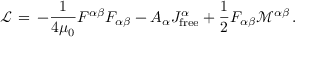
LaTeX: { \mathcal { L } } \, = \, - { \frac { 1 } { 4 \mu _ { 0 } } } F ^ { \alpha \beta } F _ { \alpha \beta } - A _ { \alpha } J _ { \mathrm { f r e e } } ^ { \alpha } + { \frac { 1 } { 2 } } F _ { \alpha \beta } { \mathcal { M } } ^ { \alpha \beta } \, .